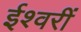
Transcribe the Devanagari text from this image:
ईश्वरीं